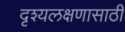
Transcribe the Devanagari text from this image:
दृश्यलक्षणासाठी